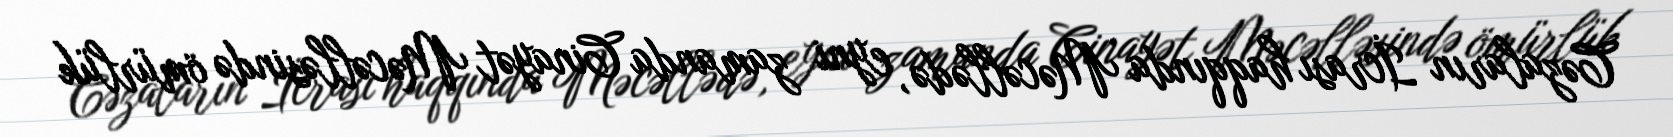
Cəzaların İcrası haqqında Məcəllədə, eyni zamanda Cinayət Məcəlləsində ömürlük